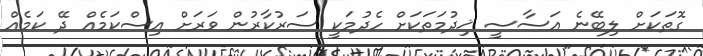
ގޮތަކަށް ލިބޭނެ އަސާސީ ޚިދުމަތަކަށް ހެދުމަކީ ސަރުކާރުން ވަރަށް އިސްކަމެއް ދޭ ކަމެއް